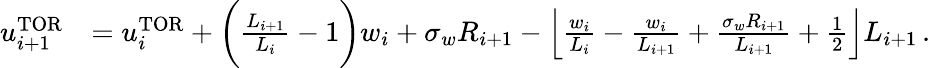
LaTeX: \begin{array}{rl}{u_{i+1}^{\mathrm{TOR}}}&{=u_{i}^{\mathrm{TOR}}+\bigg(\frac{L_{i+1}}{L_{i}}-1\bigg)w_{i}+\sigma_{w}R_{i+1}-\left\lfloor\frac{w_{i}}{L_{i}}-\frac{w_{i}}{L_{i+1}}+\frac{\sigma_{w}R_{i+1}}{L_{i+1}}+\frac{1}{2}\right\rfloor L_{i+1}\, .}\end{array}